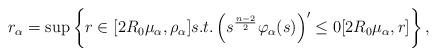
LaTeX: \begin{align*}r_\alpha=\sup\left\{r\in [2R_0 \mu_\alpha, \rho_\alpha]s.t. \left(s^{\frac{n-2}{2}} \varphi_\alpha(s) \right)'\leq 0 [2R_0 \mu_\alpha, r]\right\},\end{align*}